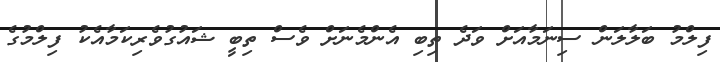
ފިލްމު ބަލާލަން ސިނަމާއަށް ވަދެ ތިބި އެންމެނަށް ވެސް ތިބީ ޝައުގުވެރިކަމާއެކު ފިލްމުގެ